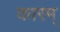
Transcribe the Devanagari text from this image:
कारम्